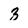
Character: 3